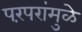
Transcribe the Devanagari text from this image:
परंपरांमुळे